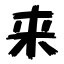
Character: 来